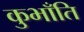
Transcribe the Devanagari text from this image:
कुभाँति